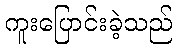
ကူးပြောင်းခဲ့သည်